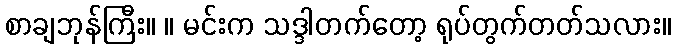
စာချဘုန်ကြီး။ ။ မင်းက သဒ္ဒါတက်တော့ ရုပ်တွက်တတ်သလား။